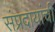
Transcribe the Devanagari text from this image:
संप्रदायांची